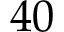
4 0